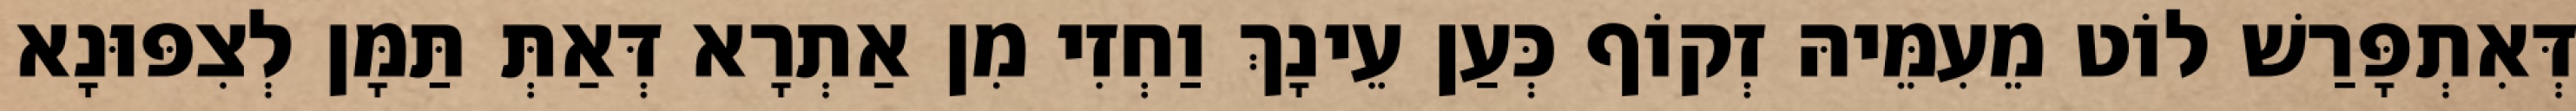
דְּאִתְפָּרַשׁ לוֹט מֵעִמֵּיהּ זְקוֹף כְּעַן עֵינָךְ וַחְזִי מִן אַתְרָא דְּאַתְּ תַּמָּן לְצִפּוּנָא